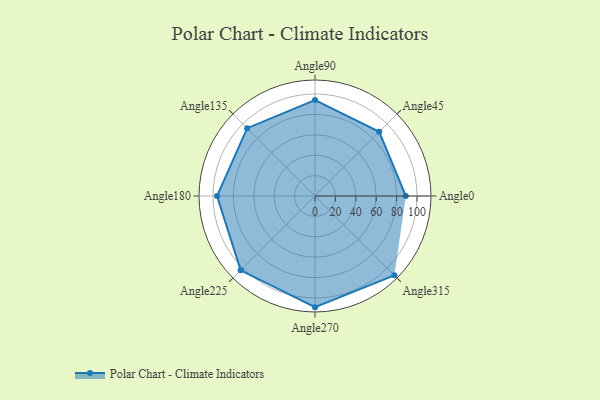
{"axis": {"x": "Angle", "y": "Radius"}, "legend": [""], "data": [{"x": "Angle0", "y": 89.0, "type": ""}, {"x": "Angle45", "y": 89.0, "type": ""}, {"x": "Angle90", "y": 94.0, "type": ""}, {"x": "Angle135", "y": 94.0, "type": ""}, {"x": "Angle180", "y": 96.0, "type": ""}, {"x": "Angle225", "y": 103.0, "type": ""}, {"x": "Angle270", "y": 109.0, "type": ""}, {"x": "Angle315", "y": 110.0, "type": ""}]}